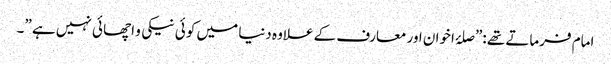
امام فرماتے تھے :”صلۂ اخوان اور معارف کے علاوہ دنیا میں کو ئی نیکی و اچھا ئی نہیں ہے ”۔